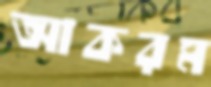
আকরম